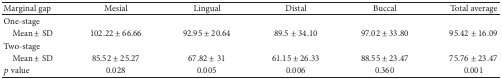
| Marginal gap | Mesial | Lingual | Distal | Buccal | Total average |
 | --- | --- | --- | --- | --- | --- |
 | One-stage |  |  |  |  |  |
 | Mean ± SD | 102.22 ± 66.66 | 92.95 ± 20.64 | 89.5 ± 34.10 | 97.02 ± 33.80 | 95.42 ± 16.09 |
 | Two-stage |  |  |  |  |  |
 | Mean ± SD | 85.52 ± 25.27 | 67.82 ± 31 | 61.15 ± 26.33 | 88.55 ± 23.47 | 75.76 ± 23.47 |
 | p value | 0.028 | 0.005 | 0.006 | 0.360 | 0.001 |